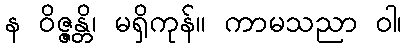
န ဝိဇ္ဇန္တိ၊ မရှိကုန်။ ကာမသညာ ဝါ၊